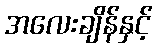
အလေးချိန်နှင့်